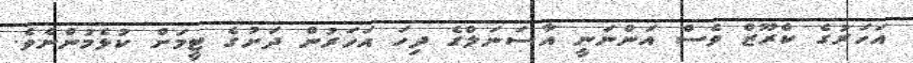
އަހަރުގެ ކްރޫޒް ވެސް އަންނަނީ އާސަނަލްގެ ދިހަ އަހަރުން ދަށުގެ ޓީމަށް ކުޅެމުންނެވެ.